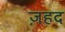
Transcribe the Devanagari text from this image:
ज़हद